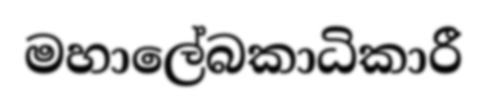
මහාලේබකාධිකාරී